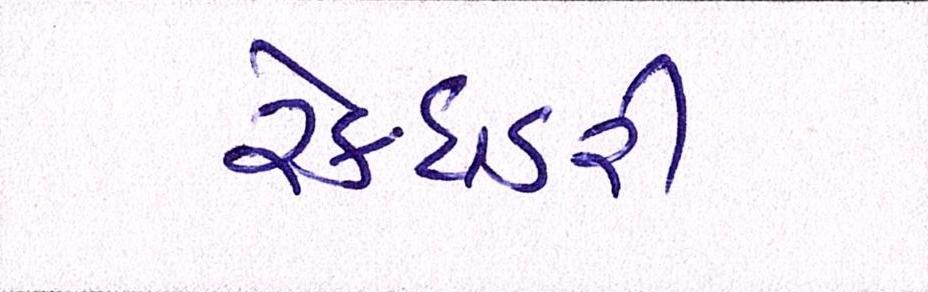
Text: સેક્ધડરી